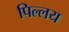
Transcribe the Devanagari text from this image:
पिल्लय